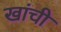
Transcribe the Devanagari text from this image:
खांची